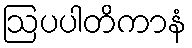
ဩပပါတိကာနံ